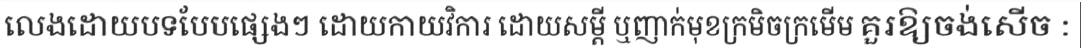
លេងដោយបទបែបផ្សេងៗ ដោយកាយវិការ ដោយសម្តី ឬញាក់មុខក្រមិចក្រមើម គួរឱ្យចង់សើច :